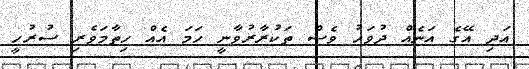
އަދި އޭގެ އަނެއް ދުވަހު ވެސް ތަކުރާރުވާނީ ހަމަ އެއް ހިތާމަވެރި ސުރުހީ